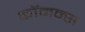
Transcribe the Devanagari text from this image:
कॉमन्‍स